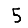
Digit: 5